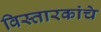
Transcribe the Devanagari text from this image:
विस्तारकांचे